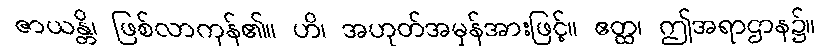
ဇာယန္တိ၊ ဖြစ်လာကုန်၏။ ဟိ၊ အဟုတ်အမှန်အားဖြင့်။ ဧတ္ထ၊ ဤအရာဌာန၌။